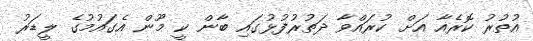
އުތުރު ކޮރެއާ އަށް ކުރައްވާ ދަތުރުފުޅުގައި ބާން ކީ މޫން އެގައުމުގެ ލީޑަރު